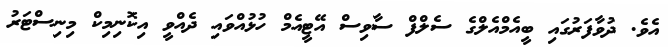
އެވެ. ދުވާފަރުގައި ބީއެމްއެލްގެ ސެލްފް ސާވިސް އޭޓީއެމް ހުޅުއްވައި ދެއްވީ އިކޮނިމިކް މިނިސްޓަރު